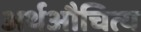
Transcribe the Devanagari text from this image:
अर्थऔचित्य